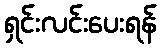
ရှင်းလင်းပေးရန်